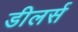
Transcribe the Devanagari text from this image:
डीलर्स